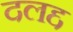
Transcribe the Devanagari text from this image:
दलद्द